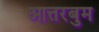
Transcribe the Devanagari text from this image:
आत्तरबुम